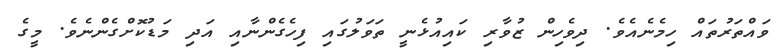
ވައްތަރުތައް ހިމެނެއެވެ. ދިވެހިން ޒުވާރި ކައިއުޅެނީ ތަވަލުގައި ފިހެގެންނާއި އަދި މަޑުކޮށްގެންނެވެ. މީގެ